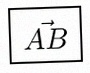
\vec{AB}